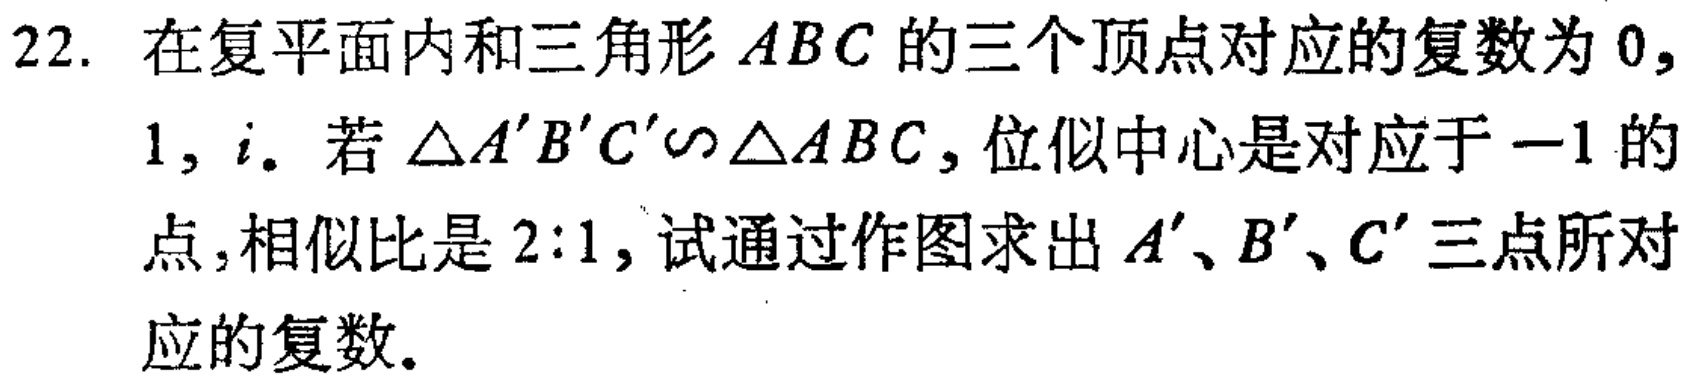
22. 在复平面内和三角形 \(ABC\) 的三个顶点对应的复数为 \(0\), \(1\), \(i\). 若 \(\triangle A'B'C'\sim\triangle ABC\), 位似中心是对应于 \(-1\) 的点, 相似比是 \(2:1\), 试通过作图求出 \(A'\)、\(B'\)、\(C'\) 三点所对应的复数.